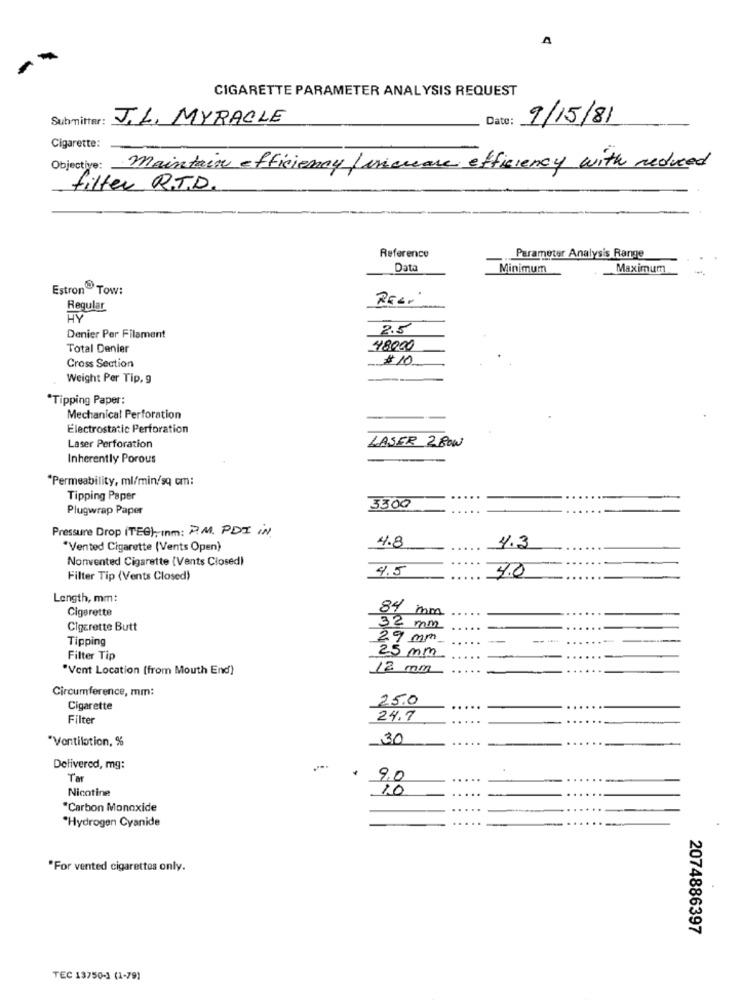
CIGARETTE PARAMETER ANALYSIS REQUEST
Submitter:
J.L. MYRACLE
Date:
9/15/81
Cigarette:
Objective:
maintain efficiency / increase efficiency with reduced
filter R.T.D.
Reference
Parameter Analysis Range
Data
Minimum
Maximum
Estron Tow:
REG.
Regular
2.5
Denier Per Filament
Total Denier
48000
$10
Cross Section
Weight Per Tip, g
*Tipping Paper:
Mechanical Perforation
Electrostatic Perforation
LASER 2BOW
Laser Perforation
Inherently Porous
"Permeability, ml/min/sq om:
Tipping Paper
Plugwrap Paper
3300
Pressure Drop ITEG), Inm: P.M. PDI IN
4.8
"Vented Cigarette (Vents Open)
4.3
Nonvented Cigarette (Vents Closed)
4.5
4.0
Filter Tip (Vents Closed)
Length, mm:
Cigarette
84 mm
Cigarette Butt
32 mm
Tipping
29 mm
Filter Tip
25 mm
"Vent Location [from Mouth End)
12 mm
Circumference, mm:
25.0
Cigarette
Filter
24,7
"Vontilation, %
30
Delivered, mg:
Tar
9.0
.....
Nicotine
10
.....
*Carbon Monoxide
......
"Hydrogen Cyanide
....
"For vented cigarettes only.
2074886397
TEC 13750-1 (1-79)